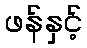
ဖန်နှင့်